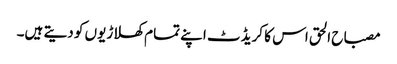
مصباح الحق اس کا کریڈٹ اپنے تمام کھلاڑیوں کو دیتے ہیں۔